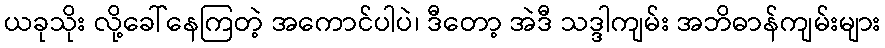
ယခုသိုး လို့ခေါ်နေကြတဲ့ အကောင်ပါပဲ၊ ဒီတော့ အဲဒီ သဒ္ဒါကျမ်း အဘိဓာန်ကျမ်းများ